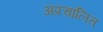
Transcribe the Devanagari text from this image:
अप्रचालित